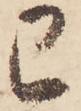
已